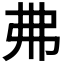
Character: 𢎵